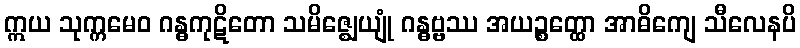
ဣယ သုက္ကမေဝ ဂန္ဓကုဋိတော သမိဇ္ဈေယျုံ ဂန္ဓဗ္ဗဿ အယဉ္စတ္ထော အာဓိကျေ သီလေနပိ